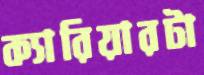
ক্যারিয়ারটা